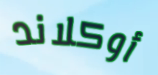
أوكلاند